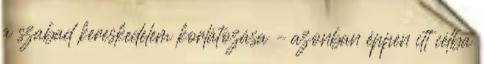
a szabad kereskedelem korlátozása – azonban éppen itt célba